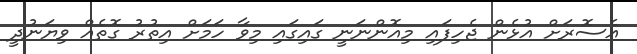
އެސޮރަށް އުޅެން ޖެހިފައި މިއޮންނަނީ ގައިގައި މިވާ ހަމަށް އިތުރު ގޮތެއް ވިޔަނުދީ